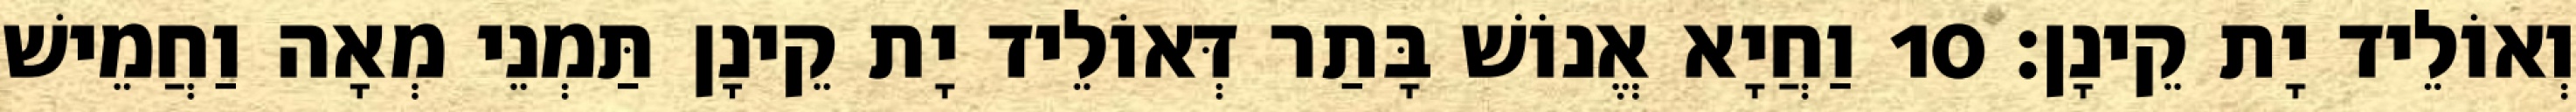
וְאוֹלֵיד יָת קֵינָן׃ 10 וַחֲיָא אֱנוֹשׁ בָּתַר דְּאוֹלֵיד יָת קֵינָן תַּמְנֵי מְאָה וַחֲמֵישׁ